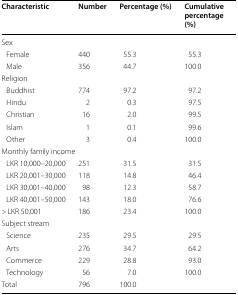
<table><thead><tr><td><b>Characteristic</b></td><td><b>Number</b></td><td><b>Percentage (%)</b></td><td><b>Cumulative percentage (%)</b></td></tr></thead><tbody><tr><td colspan="4">Sex</td></tr><tr><td> Female</td><td>440</td><td>55.3</td><td>55.3</td></tr><tr><td> Male</td><td>356</td><td>44.7</td><td>100.0</td></tr><tr><td colspan="4">Religion</td></tr><tr><td> Buddhist</td><td>774</td><td>97.2</td><td>97.2</td></tr><tr><td> Hindu</td><td>2</td><td>0.3</td><td>97.5</td></tr><tr><td> Christian</td><td>16</td><td>2.0</td><td>99.5</td></tr><tr><td> Islam</td><td>1</td><td>0.1</td><td>99.6</td></tr><tr><td> Other</td><td>3</td><td>0.4</td><td>100.0</td></tr><tr><td colspan="4">Monthly family income</td></tr><tr><td> LKR 10,000–20,000</td><td>251</td><td>31.5</td><td>31.5</td></tr><tr><td> LKR 20,001–30,000</td><td>118</td><td>14.8</td><td>46.4</td></tr><tr><td> LKR 30,001–40,000</td><td>98</td><td>12.3</td><td>58.7</td></tr><tr><td> LKR 40,001–50,000</td><td>143</td><td>18.0</td><td>76.6</td></tr><tr><td>&gt; LKR 50,001</td><td>186</td><td>23.4</td><td>100.0</td></tr><tr><td colspan="4">Subject stream</td></tr><tr><td> Science</td><td>235</td><td>29.5</td><td>29.5</td></tr><tr><td> Arts</td><td>276</td><td>34.7</td><td>64.2</td></tr><tr><td> Commerce</td><td>229</td><td>28.8</td><td>93.0</td></tr><tr><td> Technology</td><td>56</td><td>7.0</td><td>100.0</td></tr><tr><td>Total</td><td>796</td><td>100.0</td><td></td></tr></tbody></table>